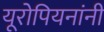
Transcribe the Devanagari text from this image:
यूरोपियनांनी